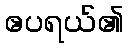
ဧပရယ်၏